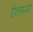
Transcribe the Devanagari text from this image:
ऐलम्मा